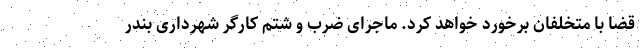
قضا با متخلفان برخورد خواهد کرد. ماجرای ضرب و شتم کارگر شهرداری بندر